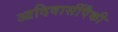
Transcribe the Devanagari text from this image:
आदिवासींपैकी